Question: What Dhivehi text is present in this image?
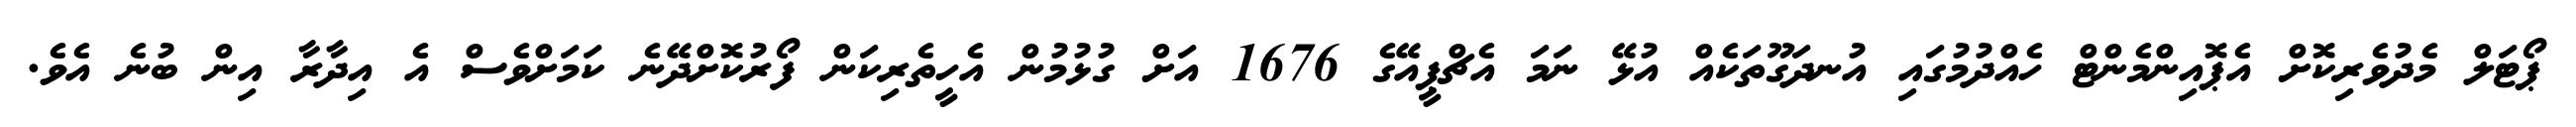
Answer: ޕޯޓަލް މެދުވެރިކޮށް އެޕޮއިންމެންޓް ހެއްދުމުގައި އުނދަގޫތަކެއް އުޅޭ ނަމަ އެޗްޕީއޭގެ 1676 އަށް ގުޅުމުން އެހީތެރިކަން ފޯރުކޮށްދޭނެ ކަމަށްވެސް އެ އިދާރާ އިން ބުނެ އެވެ.